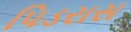
પિડરાસ